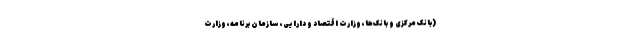
(بانک مرکزی و بانک‌ها، وزارت اقتصاد و دارایی، سازمان برنامه، وزارت